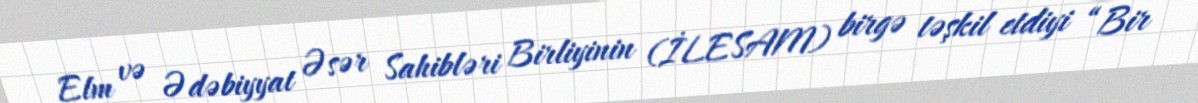
Elm və Ədəbiyyat Əsər Sahibləri Birliyinin (İLESAM) birgə təşkil etdiyi “Bir